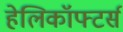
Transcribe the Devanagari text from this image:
हेलिकॉफ्टर्स